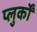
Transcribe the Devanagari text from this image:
प्लुर्कों